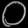
Digit: ၀